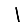
Digit: 1